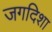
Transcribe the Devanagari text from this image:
जगदिशा